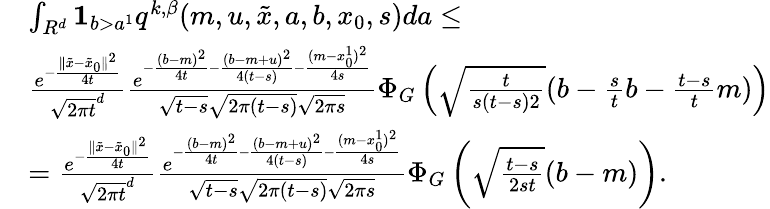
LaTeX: \begin{array}{rl}&{\int_{R^{d}}{\mathbf 1}_{b>a^{1}}q^{k,\beta}(m,u,\tilde{x},a,b,x_{0},s)da\leq}\\ &{\frac{e^{-\frac{\| \tilde{x}-\tilde{x}_{0}\| ^{2}}{4t}}}{\sqrt{2\pi t}^{d}}\frac{e^{-\frac{(b-m)^{2}}{4t}-\frac{(b-m+u)^{2}}{4(t-s)}-\frac{(m-x_{0}^{1})^{2}}{4s}}}{\sqrt{t-s}\sqrt{2\pi(t-s)}\sqrt{2\pi s}}\Phi_{G}\left(\sqrt{\frac{t}{s(t-s)2}}(b-\frac{s}{t}b-\frac{t-s}{t}m)\right)}\\ &{=\frac{e^{-\frac{\| \tilde{x}-\tilde{x}_{0}\| ^{2}}{4t}}}{\sqrt{2\pi t}^{d}}\frac{e^{-\frac{(b-m)^{2}}{4t}-\frac{(b-m+u)^{2}}{4(t-s)}-\frac{(m-x_{0}^{1})^{2}}{4s}}}{\sqrt{t-s}\sqrt{2\pi(t-s)}\sqrt{2\pi s}}\Phi_{G}\left(\sqrt{\frac{t-s}{2st}}(b-m)\right).}\end{array}